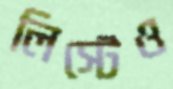
লিস্টেও